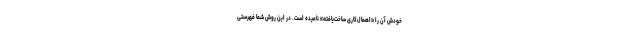
خودش آن را «اهمال‌کاری ساخت‌یافته» نامیده است. در این روش شما فهرستی